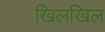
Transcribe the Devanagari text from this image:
खिलखिल